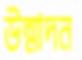
উন্মাদন